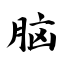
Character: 脑